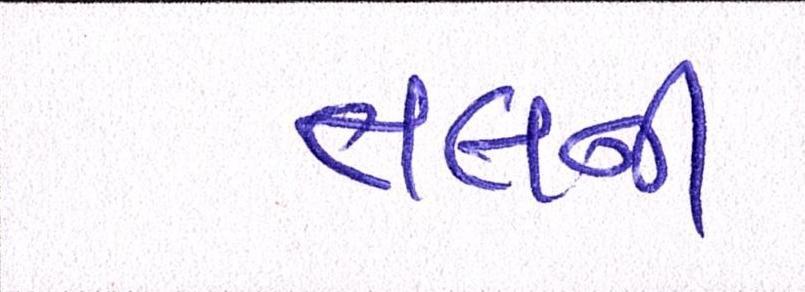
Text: તલની